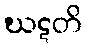
ဃဋတိ